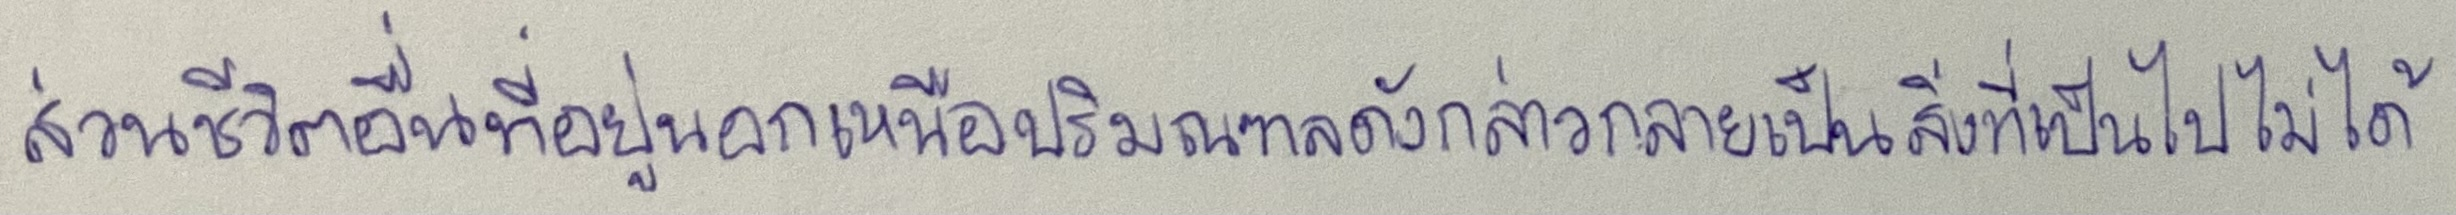
ส่วนชีวิตอื่นที่อยู่นอกเหนือปริมณฑลดังกล่าวกลายเป็นสิ่งที่เป็นไปไม่ได้